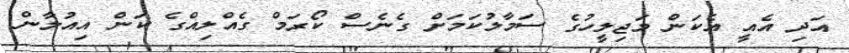
އަދި އެއީ އެކަން މަޖިލީހުގެ ސަމާލުކަމަށް ގެނެސް ކޯރަމް ގެއްލިއްގެ ކަން އިއުލާން